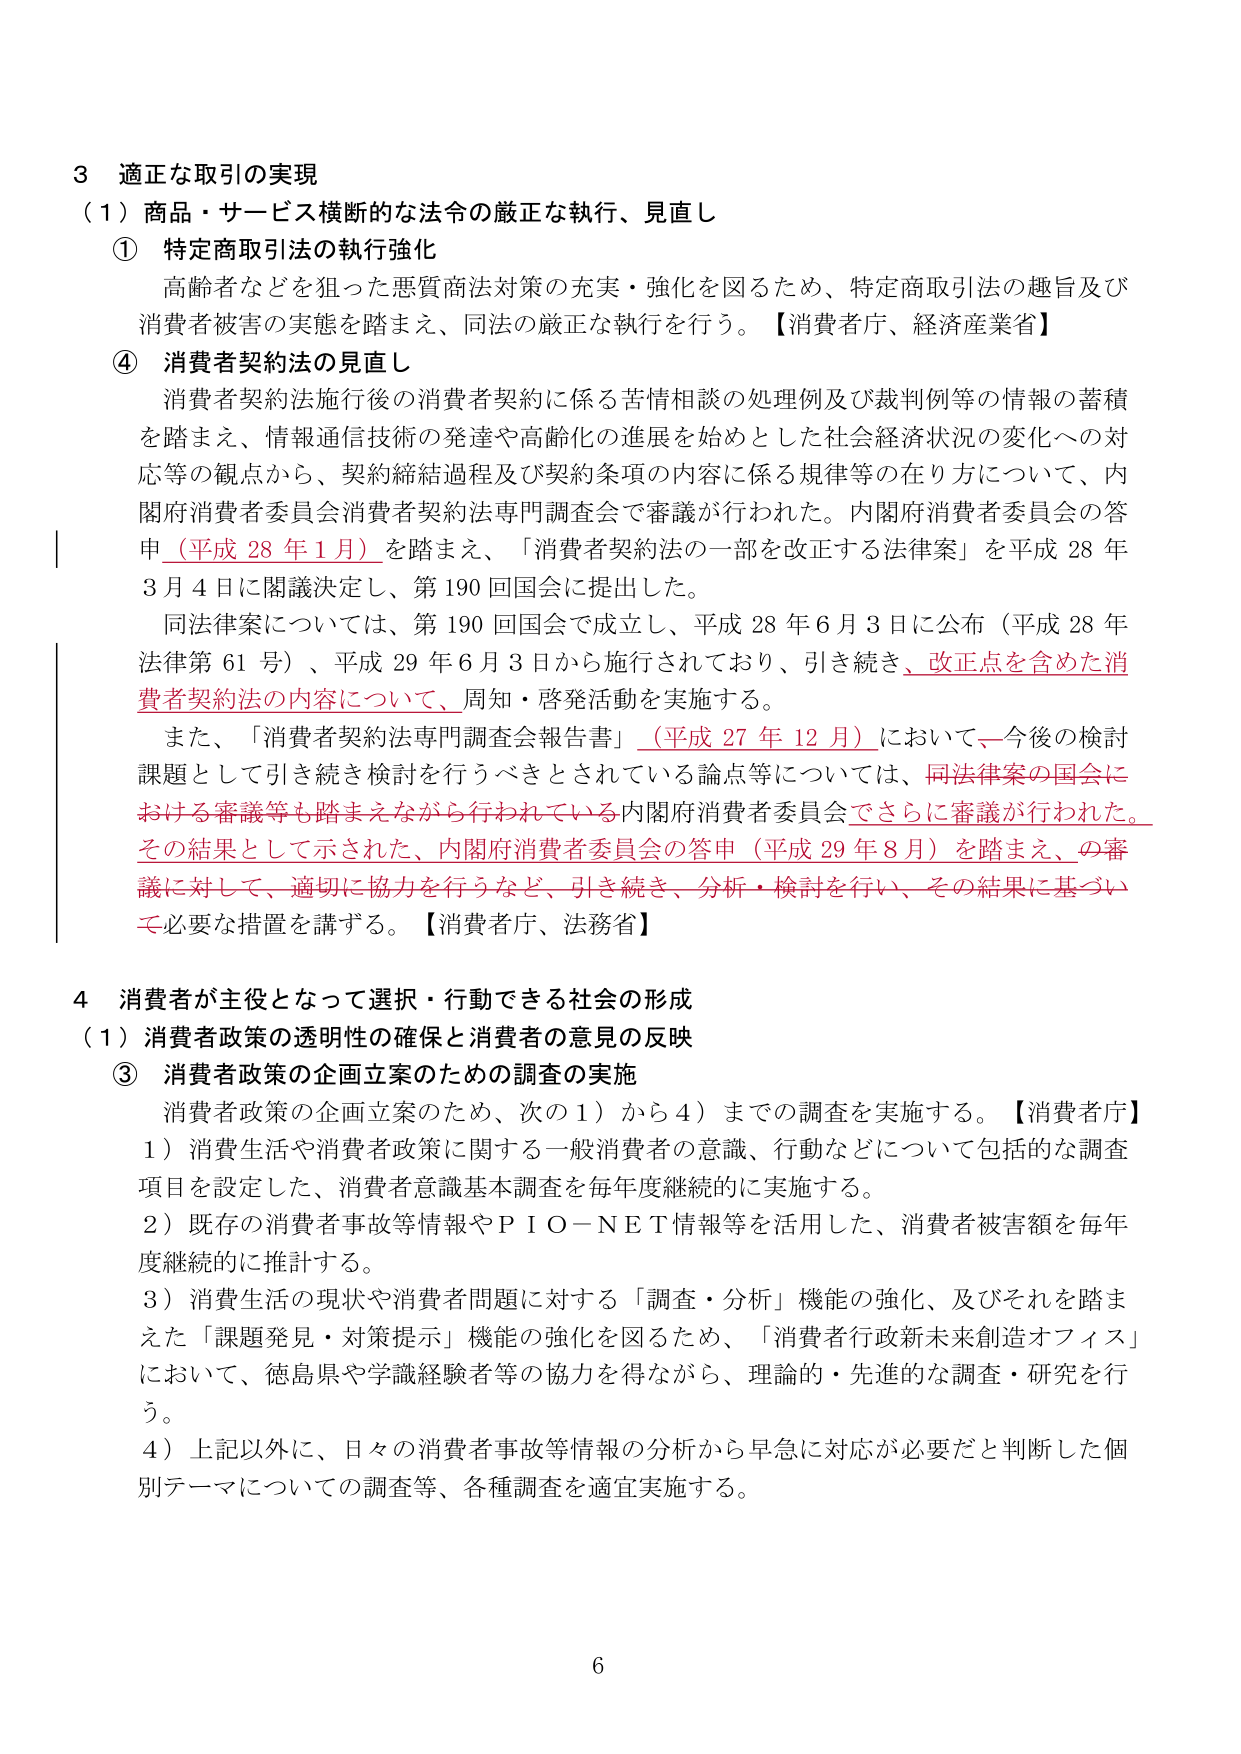
3 適正な取引の実現
（1）商品・サービス横断的な法令の厳正な執行、見直し
① 特定商取引法の執行強化
　高齢者などを狙った悪質商法対策の充実・強化を図るため、特定商取引法の趣旨及び
　消費者被害の実態を踏まえ、同法の厳正な執行を行う。【消費者庁、経済産業省】
④ 消費者契約法の見直し
　消費者契約法施行後の消費者契約に係る苦情相談の処理例及び裁判例等の情報の蓄積
　を踏まえ、情報通信技術の発達や高齢化の進展を始めとした社会経済状況の変化への対
　応等の観点から、契約締結過程及び契約条項の内容に係る規律等の在り方について、内
　閣府消費者委員会消費者契約法専門調査会で審議が行われた。内閣府消費者委員会の答
　申（平成28年1月）を踏まえ、「消費者契約法の一部を改正する法律案」を平成28年
　3月4日に閣議決定し、第190回国会に提出した。
　同法律案については、第190回国会で成立し、平成28年6月3日に公布（平成28年
　法律第61号）、平成29年6月3日から施行されており、引き続き、改正点を含めた消
　費者契約法の内容について、周知・啓発活動を実施する。
　また、「消費者契約法専門調査会報告書」（平成27年12月）において、今後の検討
　課題として引き続き検討を行うべきとされている論点等については、同法律案の国会に
　おける審議等も踏まえながら行われている内閣府消費者委員会でさらに審議が行われた。
　その結果として示された、内閣府消費者委員会の答申（平成29年8月）を踏まえ、の審
　議に対して、適切に協力を行うなど、引き続き、分析・検討を行い、その結果に基づい
　て必要な措置を講ずる。【消費者庁、法務省】

4 消費者が主役となって選択・行動できる社会の形成
（1）消費者政策の透明性の確保と消費者の意見の反映
③ 消費者政策の企画立案のための調査の実施
　消費者政策の企画立案のため、次の1）から4）までの調査を実施する。【消費者庁】
　1）消費生活や消費者政策に関する一般消費者の意識、行動などについて包括的な調査
　　項目を設定した、消費者意識基本調査を毎年度継続的に実施する。
　2）既存の消費者事故等情報やＰＩＯ－ＮＥＴ情報を活用した、消費者被害額を毎年
　　度継続的に推計する。
　3）消費生活の現状や消費者問題に対する「調査・分析」機能の強化、及びそれを踏ま
　　えた「課題発見・対策提示」機能の強化を図るため、「消費者行政新未来創造オフィス」
　　において、徳島県や学識経験者等の協力を得ながら、理論的・先進的な調査・研究を行
　　う。
　4）上記以外に、日々の消費者事故等情報の分析から早急に対応が必要だと判断した個
　　別テーマについての調査等、各種調査を適宜実施する。

6